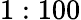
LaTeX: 1:100